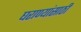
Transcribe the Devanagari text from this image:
घराण्यांसाठी